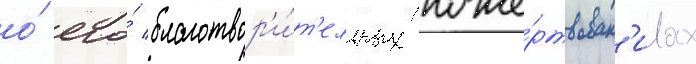
о́ его́ благотвор'и́т'ельных поже́ртвован'иах